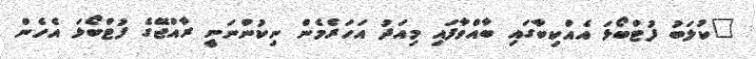
"ކުލަބު ފުޓްބޯޅަ އެއްކިބާގައި ބާއްވާފައި މިއަދު އަހަރެމެން ނިކުންނަނީ ރާއްޖޭގެ ފުޓްބޯޅަ އެހެން